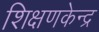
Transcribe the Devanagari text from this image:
शिक्षणकेन्द्र